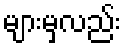
များမှလည်း